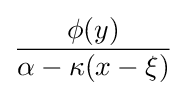
{\frac {\phi (y)}{\alpha -\kappa (x-\xi )}}